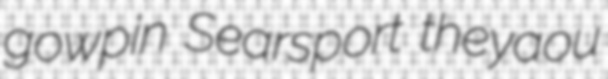
gowpin Searsport theyaou